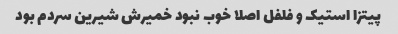
پیتزا استیک و فلفل اصلا خوب نبود خمیرش شیرین سردم بود